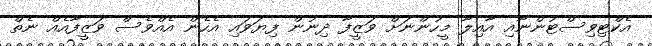
އެކްޓިވިސްޓުންނާއި އާއިލާ މީހުންނަށް ވަޒީފާ ދިނުން ފިޔަވައި އެހެން އެއްވެސް ވަޒީފާއެއް ނެތް